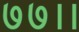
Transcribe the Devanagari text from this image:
७७।।